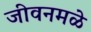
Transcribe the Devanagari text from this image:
जीवनमळे